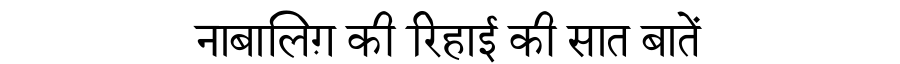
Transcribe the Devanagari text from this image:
नाबालिग़ की रिहाई की सात बातें